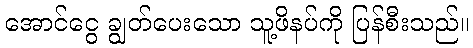
အောင်ငွေ ချွတ်ပေးသော သူ့ဖိနပ်ကို ပြန်စီးသည်။